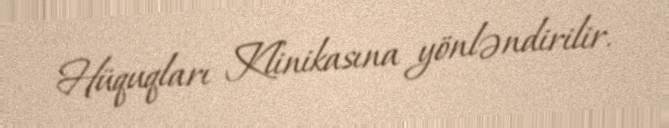
Hüquqları Klinikasına yönləndirilir.